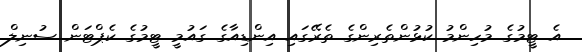
އެ ޓީމުގެ މުހިންމު ކުޅުންތެރިންގެ ތެރޭގައި އިންޑިއާގެ ގައުމީ ޓީމުގެ ކެޕްޓަން ސުނިލް